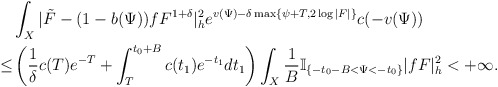
\begin{align*}&\int_{X}|\tilde{F}-(1-b(\Psi))fF^{1+\delta}|_{h}^2e^{v(\Psi)-\delta \max\{\psi+T,2\log|F|\}}c(-v(\Psi))\\\le & \left(\frac{1}{\delta}c(T)e^{-T}+\int^{t_0+B}_T c(t_1)e^{-t_1}dt_1\right)\int_{X}\frac{1}{B}\mathbb{I}_{\{-t_0-B<\Psi<-t_0\}} |fF|^2_h<+\infty.\end{align*}